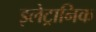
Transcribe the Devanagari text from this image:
इलेट्रानिक